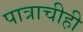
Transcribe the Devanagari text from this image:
पात्राचीही